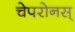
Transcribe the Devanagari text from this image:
चेपरोनस्